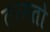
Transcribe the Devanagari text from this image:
तरमतो